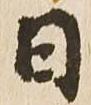
日